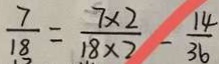
\frac { 7 } { 1 8 } = \frac { 7 \times 2 } { 1 8 \times 2 } - \frac { 1 4 } { 3 6 }